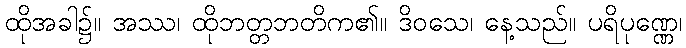
ထိုအခါ၌။ အဿ၊ ထိုဘတ္တဘတိက၏။ ဒိဝသေ၊ နေ့သည်။ ပရိပုဏ္ဏေ၊